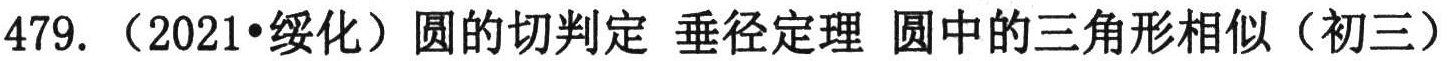
479.（2021•绥化）圆的切判定 垂径定理 圆中的三角形相似（初三）